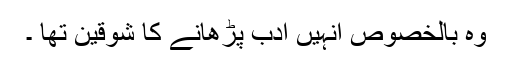
وہ بالخصوص انہیں ادب پڑھانے کا شوقین تھا ۔